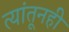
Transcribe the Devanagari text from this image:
त्यांतूनही